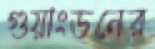
গুয়াংডনের